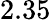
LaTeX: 2.35